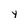
Character: y